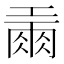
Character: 𢀪